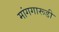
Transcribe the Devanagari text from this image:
मांगगारूडी